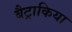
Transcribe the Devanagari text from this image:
बैट्राकिया